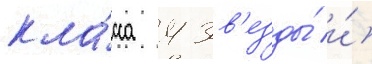
кла́сса 4 зв'езды́ и́